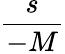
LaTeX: \frac{s}{-M}